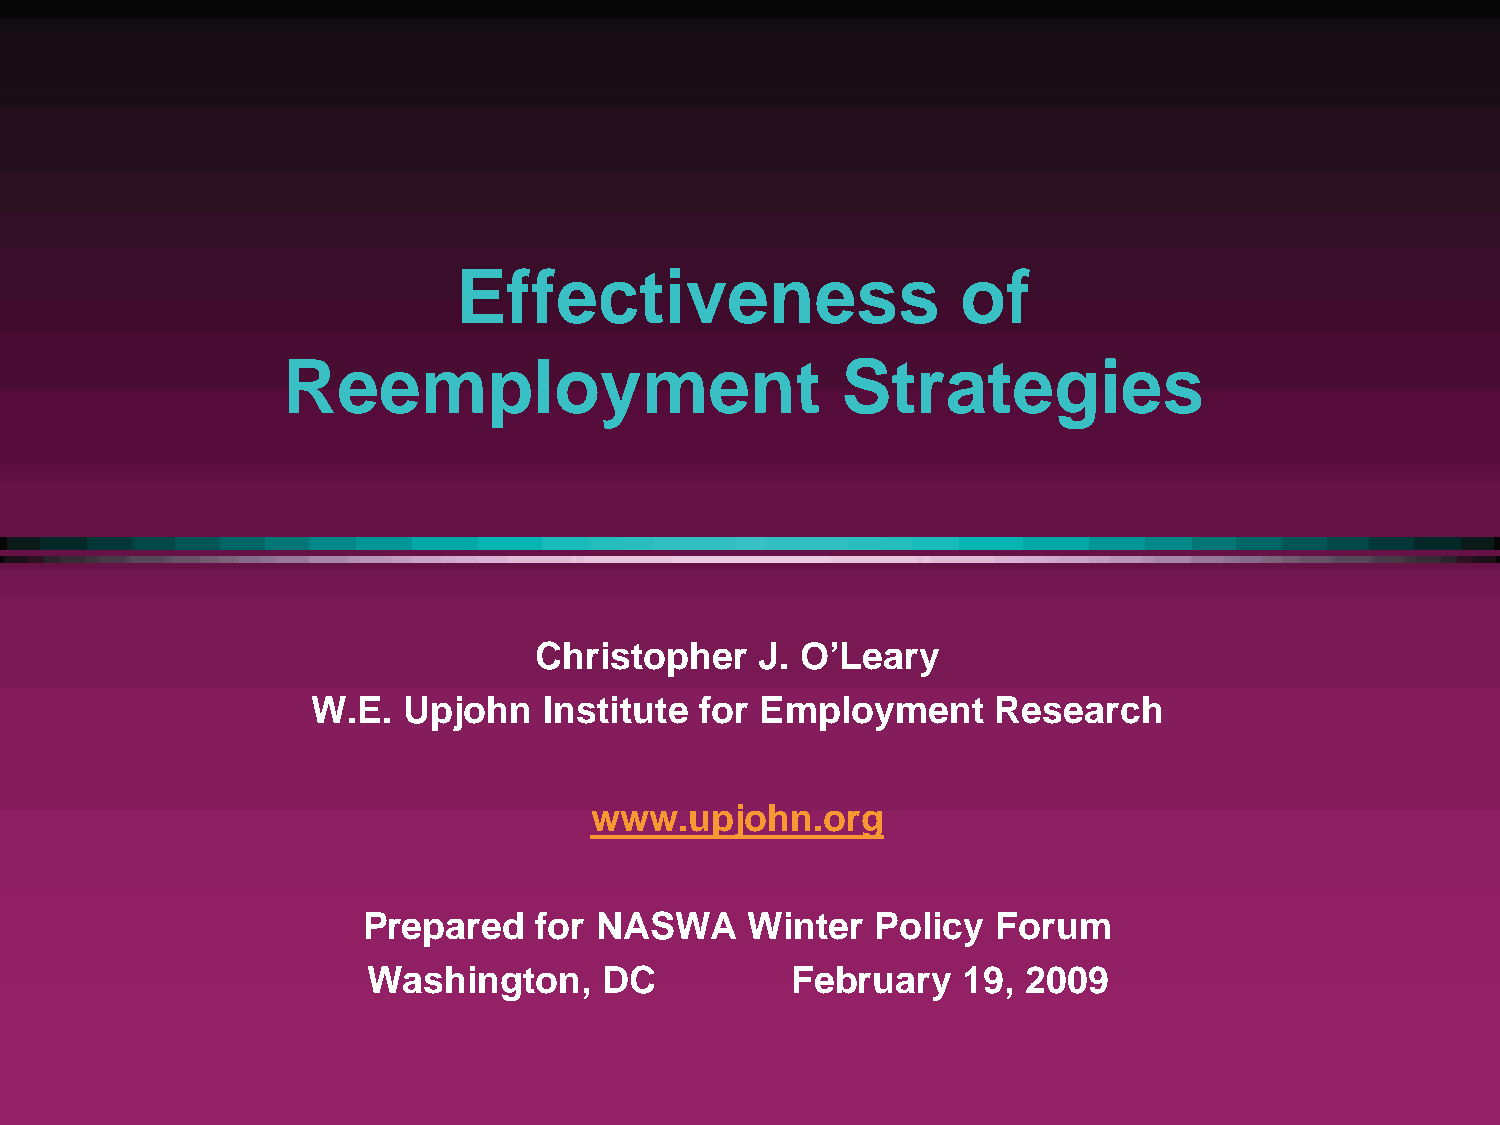
Effectiveness                     of
 Reemployment                         Strategies
 Christopher    J. O’Leary
 W.E.  Upjohn   Institute for Employment      Research
 www.upjohn.org
 Prepared   for NASWA     Winter   Policy  Forum
 Washington,     DC          February    19, 2009